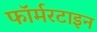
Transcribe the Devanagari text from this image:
फॉर्मरटाइन